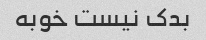
بدک نیست خوبه